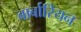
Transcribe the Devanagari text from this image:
बार्बारियन